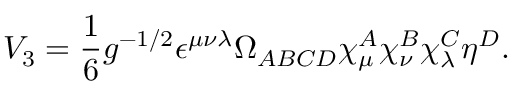
V _ { 3 } = \frac { 1 } { 6 } g ^ { - 1 / 2 } \epsilon ^ { \mu \nu \lambda } \Omega _ { A B C D } \chi _ { \mu } ^ { A } \chi _ { \nu } ^ { B } \chi _ { \lambda } ^ { C } \eta ^ { D } . \nonumber